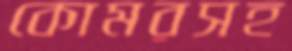
কোমরসহ